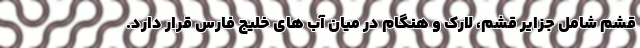
قشم شامل جزایر قشم، لارک و هنگام در میان آب های خلیج فارس قرار دارد.